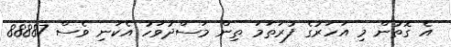
އެ ގޮތުން މި އަހަރުގެ ފުރަތަމަ ތިން މަސްދުވަހު އެކަނި ވެސް 88887